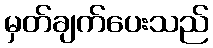
မှတ်ချက်ပေးသည်